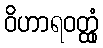
ဝိဟာရဝတ္ထုံ